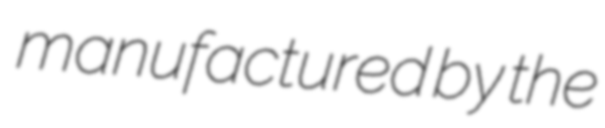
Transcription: manufactured by the